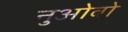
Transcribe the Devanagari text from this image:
नुओवो